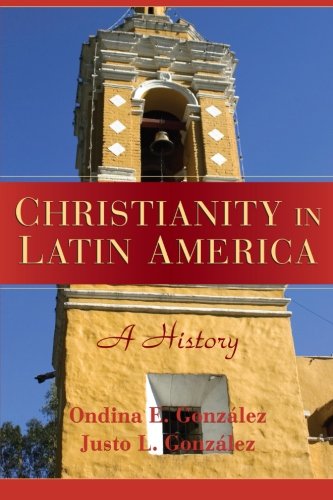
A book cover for Christianity in Latin America: A History; Justo L. GonzÃ¡lez; History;